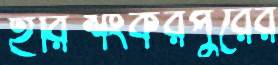
হরিশংকরপুরের